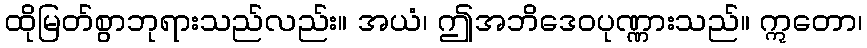
ထိုမြတ်စွာဘုရားသည်လည်း။ အယံ၊ ဤအဘိဒေဝပုဏ္ဏားသည်။ ဣတော၊